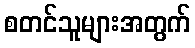
စတင်သူများအတွက်